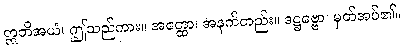
ဣတိအယံ၊ ဤသည်ကား။ အတ္ထော၊ အနက်တည်း။ ဒဋ္ဌဗ္ဗော၊ မှတ်အပ်၏။